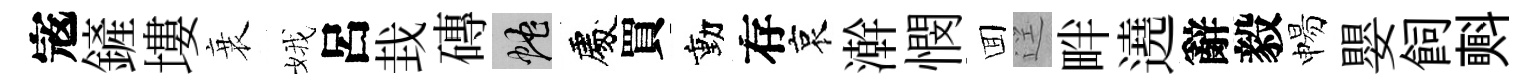
𡨥鏟塿衰娥呂㘽磚蛇處買動存哀澣憫囬逕畔遶辭毅惕嬰飼㪺